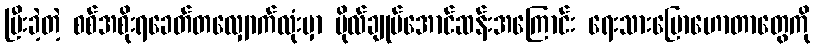
ပြီးခဲ့တဲ့ စစ်အစိုးရခေတ်တလျှောက်လုံးမှာ ဗိုလ်ချုပ်အောင်ဆန်းအကြောင်း ရေးသားပြောဟောတာတွေကို